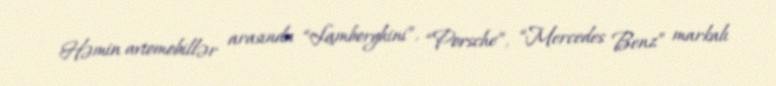
Həmin avtomobillər arasında “Lamborghini”, “Porsche”, “Mercedes Benz” markalı